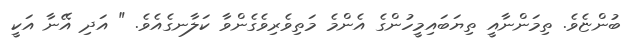
ބުންޏެވެ. ތިމަންނާއީ ތިޔަބައިމީހުންގެ އެންމެ މަތިވެރިވެގެންވާ ކަލާނގެއެވެ. " އަދި އޭނާ އަކީ